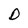
Character: D